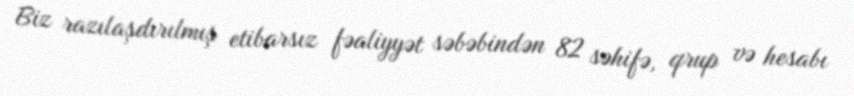
Biz razılaşdırılmış etibarsız fəaliyyət səbəbindən 82 səhifə, qrup və hesabı